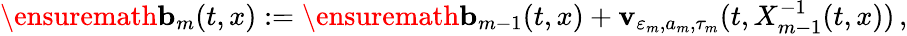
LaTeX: \ensuremath{\mathbf{b}}_{m}(t,x):=\ensuremath{\mathbf{b}}_{m-1}(t,x)+\mathbf{v}_{\varepsilon_{m},a_{m},\tau_{m}}(t,X_{m-1}^{-1}(t,x))\, ,